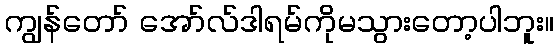
ကျွန်တော် အော်လ်ဒါရမ်ကိုမသွားတော့ပါဘူး။